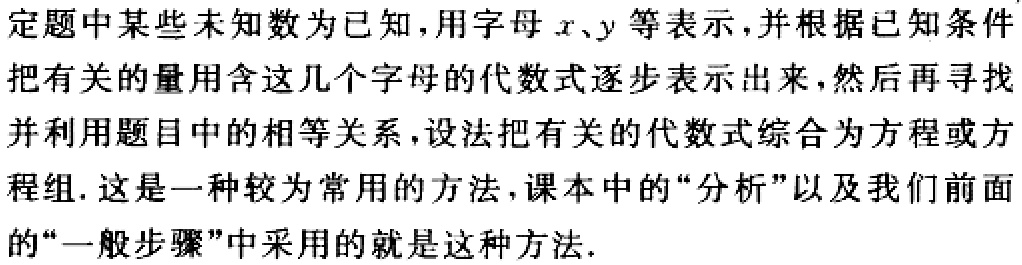
定题中某些未知数为已知，用字母\(x、y\)等表示，并根据已知条件把有关的量用含这几个字母的代数式逐步表示出来，然后再寻找并利用题目中的相等关系，设法把有关的代数式综合为方程或方程组. 这是一种较为常用的方法，课本中的“分析”以及我们前面的“一般步骤”中采用的就是这种方法.